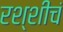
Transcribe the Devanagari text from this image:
रश्शीचं